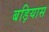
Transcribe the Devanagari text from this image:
बड़ियास